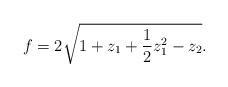
LaTeX: \begin{align*}f = 2 \sqrt{1 + z_1 + {1\over 2} z_1^2 - z_2}.\end{align*}